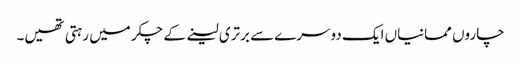
چاروں ممانیاں ایک دوسرے سے برتری لینے کے چکر میں رہتی تھیں۔